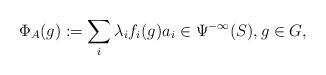
LaTeX: \begin{align*}\Phi_A(g):=\sum_i\lambda_if_i(g)a_i\in\Psi^{-\infty}(S),g\in G,\end{align*}